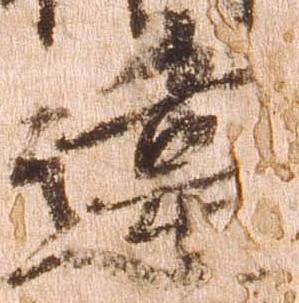
違